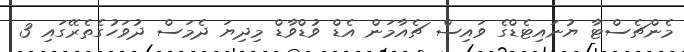
މެންޗެސްޓާ ޔުނައިޓެޑްގެ ވައިސް ޗެއާމަން އެޑް ވުޑްވާޑް މިދިޔަ ދެމަސް ދުވަހުގެތެރޭގައި 3